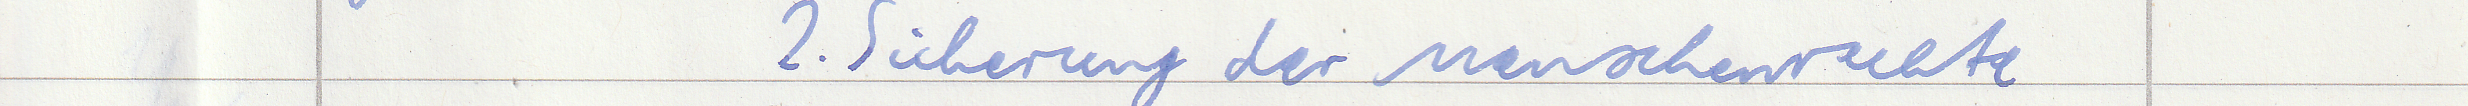
2. Sicherung der Menschenrechte